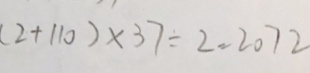
( 2 + 1 1 0 ) \times 3 7 \div 2 = 2 0 7 2